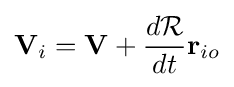
\mathbf {V} _{i}=\mathbf {V} +{\frac {d{\mathcal {R}}}{dt}}\mathbf {r} _{io}